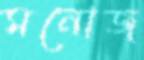
মনোজ